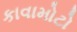
કાવામોટો